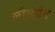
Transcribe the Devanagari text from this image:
लीलयैव